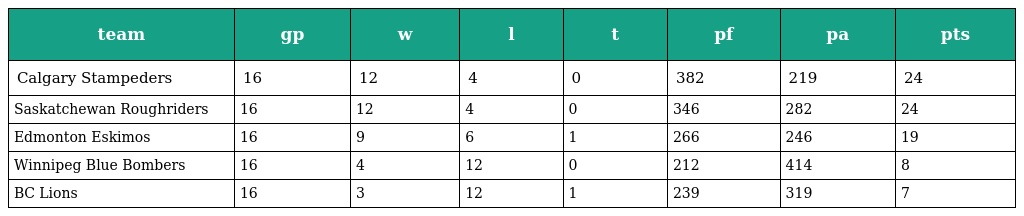
| team | gp | w | l | t | pf | pa | pts |
 | --- | --- | --- | --- | --- | --- | --- | --- |
 | Calgary Stampeders | 16 | 12 | 4 | 0 | 382 | 219 | 24 |
 | Saskatchewan Roughriders | 16 | 12 | 4 | 0 | 346 | 282 | 24 |
 | Edmonton Eskimos | 16 | 9 | 6 | 1 | 266 | 246 | 19 |
 | Winnipeg Blue Bombers | 16 | 4 | 12 | 0 | 212 | 414 | 8 |
 | BC Lions | 16 | 3 | 12 | 1 | 239 | 319 | 7 |